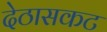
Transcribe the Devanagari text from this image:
देठासकट